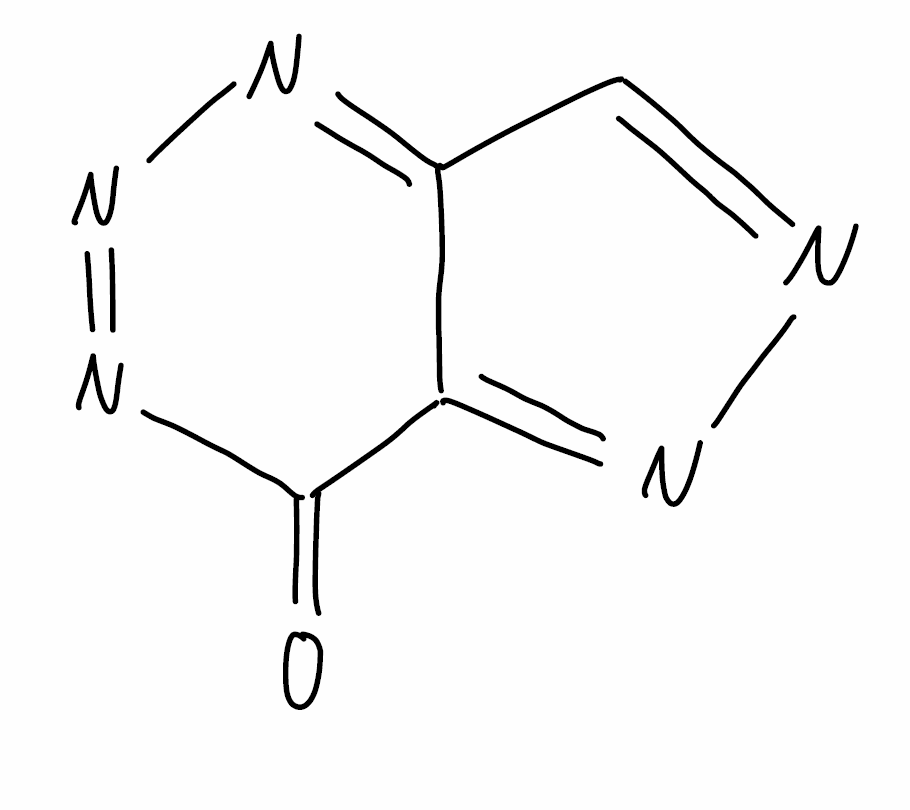
Simplified molecular-input line-entry system (SMILES) notation of the given molecule:
C1=NN=C2C1=NN=NC2=O